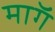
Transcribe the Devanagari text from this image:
माॅग